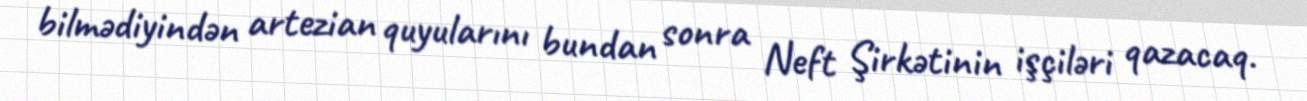
bilmədiyindən artezian quyularını bundan sonra Neft Şirkətinin işçiləri qazacaq.